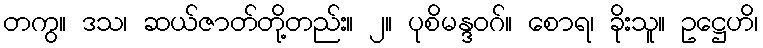
တကွ။ ဒသ၊ ဆယ်ဇာတ်တို့တည်း။ ၂။ ပုစိမန္ဒဝဂ်။ စောရ၊ ခိုးသူ။ ဥဋ္ဌေဟိ၊